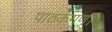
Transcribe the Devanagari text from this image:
पाठकगण।